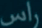
راس